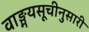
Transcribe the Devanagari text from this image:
वाङ्मयसूचीनुसारी